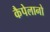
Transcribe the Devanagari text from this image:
कैपेलानो